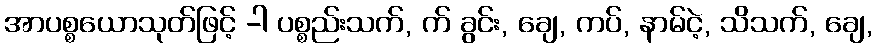
အာပစ္စယောသုတ်ဖြင့် -ါ ပစ္စည်းသက်, က် ခွင်း, ချေ, ကပ်, နာမ်ငဲ့, သိသက်, ချေ,